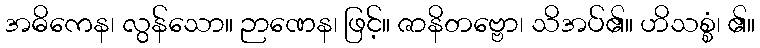
အဓိကေန၊ လွန်သော။ ဉာဏေန၊ ဖြင့်။ ဇာနိတဗ္ဗော၊ သိအပ်၏။ ဟိသစ္စံ၊ ၏။